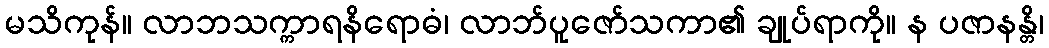
မသိကုန်။ လာဘသက္ကာရနိရောဓံ၊ လာဘ်ပူဇော်သကာ၏ ချုပ်ရာကို။ န ပဇာနန္တိ၊